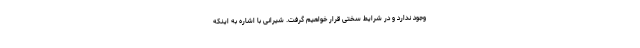
وجود ندارد و در شرایط سختی قرار خواهیم گرفت. شیرانی با اشاره به اینکه